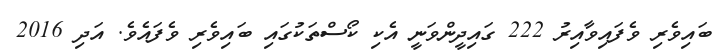
ބައިވެރި ވެފައިވާއިރު 222 ގައިދީންވަނީ އެކި ކޯސްތަކުގައި ބައިވެރި ވެފައެވެ. އަދި 2016